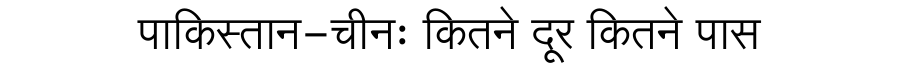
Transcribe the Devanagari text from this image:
पाकिस्तान-चीनः कितने दूर कितने पास